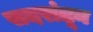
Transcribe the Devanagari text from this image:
सदरांतून